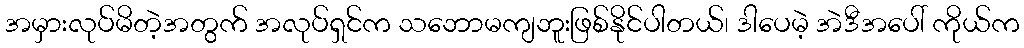
အမှားလုပ်မိတဲ့အတွက် အလုပ်ရှင်က သဘောမကျဘူးဖြစ်နိုင်ပါတယ်၊ ဒါပေမဲ့ အဲဒီအပေါ် ကိုယ်က